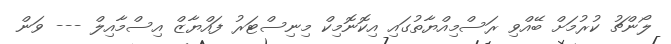
ލޯންޗު ކުރުމަށް ބޭއްވި ރަސްމިއްޔާތުގައި އިކޮނޮމިކް މިނިސްޓަރު ފައްޔާޒް އިސްމާއިލް --- ވަން